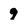
Character: 9